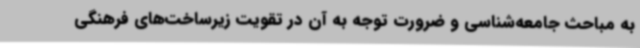
به مباحث جامعه‌شناسی و ضرورت توجه به آن در تقویت زیرساخت‌های فرهنگی